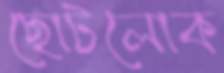
ছোটলোক